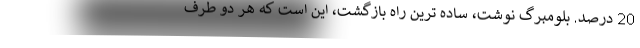
20 درصد. بلومبرگ نوشت، ساده ترین راه بازگشت، این است که هر دو طرف